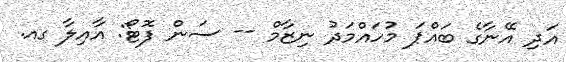
އަދި އޭނާގެ ބައްޕަ މުހައްމަދު ނިޒާމް -- ސަން ފޮޓޯ: އާއިލާ ގއ.